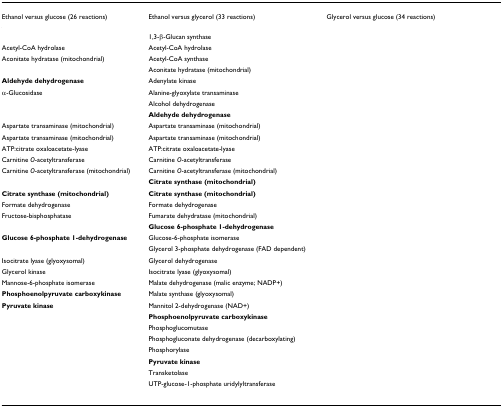
<table><thead><tr><td><b>Ethanol versus glucose (26 reactions)</b></td><td><b>Ethanol versus glycerol (33 reactions)</b></td><td><b>Glycerol versus glucose (34 reactions)</b></td></tr></thead><tbody><tr><td>[EMPTY_CELL]</td><td>1,3-β-Glucan synthase</td><td>[EMPTY_CELL]</td></tr><tr><td>Acetyl-CoA hydrolase</td><td>Acetyl-CoA hydrolase</td><td>[EMPTY_CELL]</td></tr><tr><td>Aconitate hydratase (mitochondrial)</td><td>Acetyl-CoA synthase</td><td>[EMPTY_CELL]</td></tr><tr><td>[EMPTY_CELL]</td><td>Aconitate hydratase (mitochondrial)</td><td>[EMPTY_CELL]</td></tr><tr><td><b>Aldehyde dehydrogenase</b></td><td>Adenylate kinase</td><td>[EMPTY_CELL]</td></tr><tr><td>α-Glucosidase</td><td>Alanine-glyoxylate transaminase</td><td>[EMPTY_CELL]</td></tr><tr><td>α-Glucosidase</td><td>Alcohol dehydrogenase</td><td>[EMPTY_CELL]</td></tr><tr><td>[EMPTY_CELL]</td><td><b>Aldehyde dehydrogenase</b></td><td>[EMPTY_CELL]</td></tr><tr><td>Aspartate transaminase (mitochondrial)</td><td>Aspartate transaminase (mitochondrial)</td><td>[EMPTY_CELL]</td></tr><tr><td>Aspartate transaminase (mitochondrial)</td><td>Aspartate transaminase (mitochondrial)</td><td>[EMPTY_CELL]</td></tr><tr><td>ATP:citrate oxaloacetate-lyase</td><td>ATP:citrate oxaloacetate-lyase</td><td>[EMPTY_CELL]</td></tr><tr><td>Carnitine <i>O</i>-acetyltransferase</td><td>Carnitine <i>O</i>-acetyltransferase</td><td>[EMPTY_CELL]</td></tr><tr><td>Carnitine <i>O</i>-acetyltransferase (mitochondrial)</td><td>Carnitine <i>O</i>-acetyltransferase (mitochondrial)</td><td>[EMPTY_CELL]</td></tr><tr><td>[EMPTY_CELL]</td><td><b>Citrate synthase (mitochondrial)</b></td><td>[EMPTY_CELL]</td></tr><tr><td><b>Citrate synthase (mitochondrial)</b></td><td><b>Citrate synthase (mitochondrial)</b></td><td>[EMPTY_CELL]</td></tr><tr><td>Formate dehydrogenase</td><td>Formate dehydrogenase</td><td>[EMPTY_CELL]</td></tr><tr><td>Fructose-bisphosphatase</td><td>Fumarate dehydratase (mitochondrial)</td><td>[EMPTY_CELL]</td></tr><tr><td>[EMPTY_CELL]</td><td><b>Glucose 6-phosphate 1-dehydrogenase</b></td><td>[EMPTY_CELL]</td></tr><tr><td><b>Glucose 6-phosphate 1-dehydrogenase</b></td><td>Glucose-6-phosphate isomerase</td><td>[EMPTY_CELL]</td></tr><tr><td>[EMPTY_CELL]</td><td>Glycerol 3-phosphate dehydrogenase (FAD dependent)</td><td>[EMPTY_CELL]</td></tr><tr><td>Isocitrate lyase (glyoxysomal)</td><td>Glycerol dehydrogenase</td><td>[EMPTY_CELL]</td></tr><tr><td>Glycerol kinase</td><td>Isocitrate lyase (glyoxysomal)</td><td>[EMPTY_CELL]</td></tr><tr><td>Mannose-6-phosphate isomerase</td><td>Malate dehydrogenase (malic enzyme; NADP+)</td><td>[EMPTY_CELL]</td></tr><tr><td><b>Phosphoenolpyruvate carboxykinase</b></td><td>Malate synthase (glyoxysomal)</td><td>[EMPTY_CELL]</td></tr><tr><td><b>Pyruvate kinase</b></td><td>Mannitol 2-dehydrogenase (NAD+)</td><td>[EMPTY_CELL]</td></tr><tr><td>[EMPTY_CELL]</td><td><b>Phosphoenolpyruvate carboxykinase</b></td><td>[EMPTY_CELL]</td></tr><tr><td>[EMPTY_CELL]</td><td>Phosphoglucomutase</td><td>[EMPTY_CELL]</td></tr><tr><td>[EMPTY_CELL]</td><td>Phosphogluconate dehydrogenase (decarboxylating)</td><td>[EMPTY_CELL]</td></tr><tr><td>[EMPTY_CELL]</td><td>Phosphorylase</td><td>[EMPTY_CELL]</td></tr><tr><td>[EMPTY_CELL]</td><td><b>Pyruvate kinase</b></td><td>[EMPTY_CELL]</td></tr><tr><td>[EMPTY_CELL]</td><td>Transketolase</td><td>[EMPTY_CELL]</td></tr><tr><td>[EMPTY_CELL]</td><td>UTP-glucose-1-phosphate uridylyltransferase</td><td>[EMPTY_CELL]</td></tr><tr><td>[EMPTY_CELL]</td><td>[EMPTY_CELL]</td><td>[EMPTY_CELL]</td></tr></tbody></table>